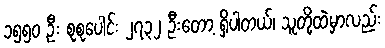
၁၅၅၀ ဦး စုစုပေါင်း ၂၇၃၂ ဦးတော့ ရှိပါတယ်၊ သူတို့ထဲမှာလည်း